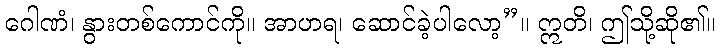
ဂေါဏံ၊ နွားတစ်ကောင်ကို။ အာဟရ၊ ဆောင်ခဲ့ပါလော့”။ ဣတိ၊ ဤသို့ဆို၏။